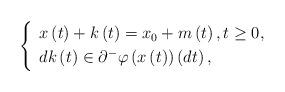
LaTeX: \begin{align*}\left\{\begin{array}{l}x\left( t\right) +k\left( t\right) =x_{0}+m\left( t\right) ,t\geq0,\smallskip \\dk\left( t\right) \in \partial ^{-}\varphi \left( x\left( t\right) \right)\left( dt\right) ,\end{array}\right. \end{align*}